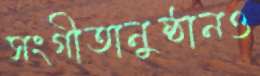
সংগীতানুষ্ঠানও